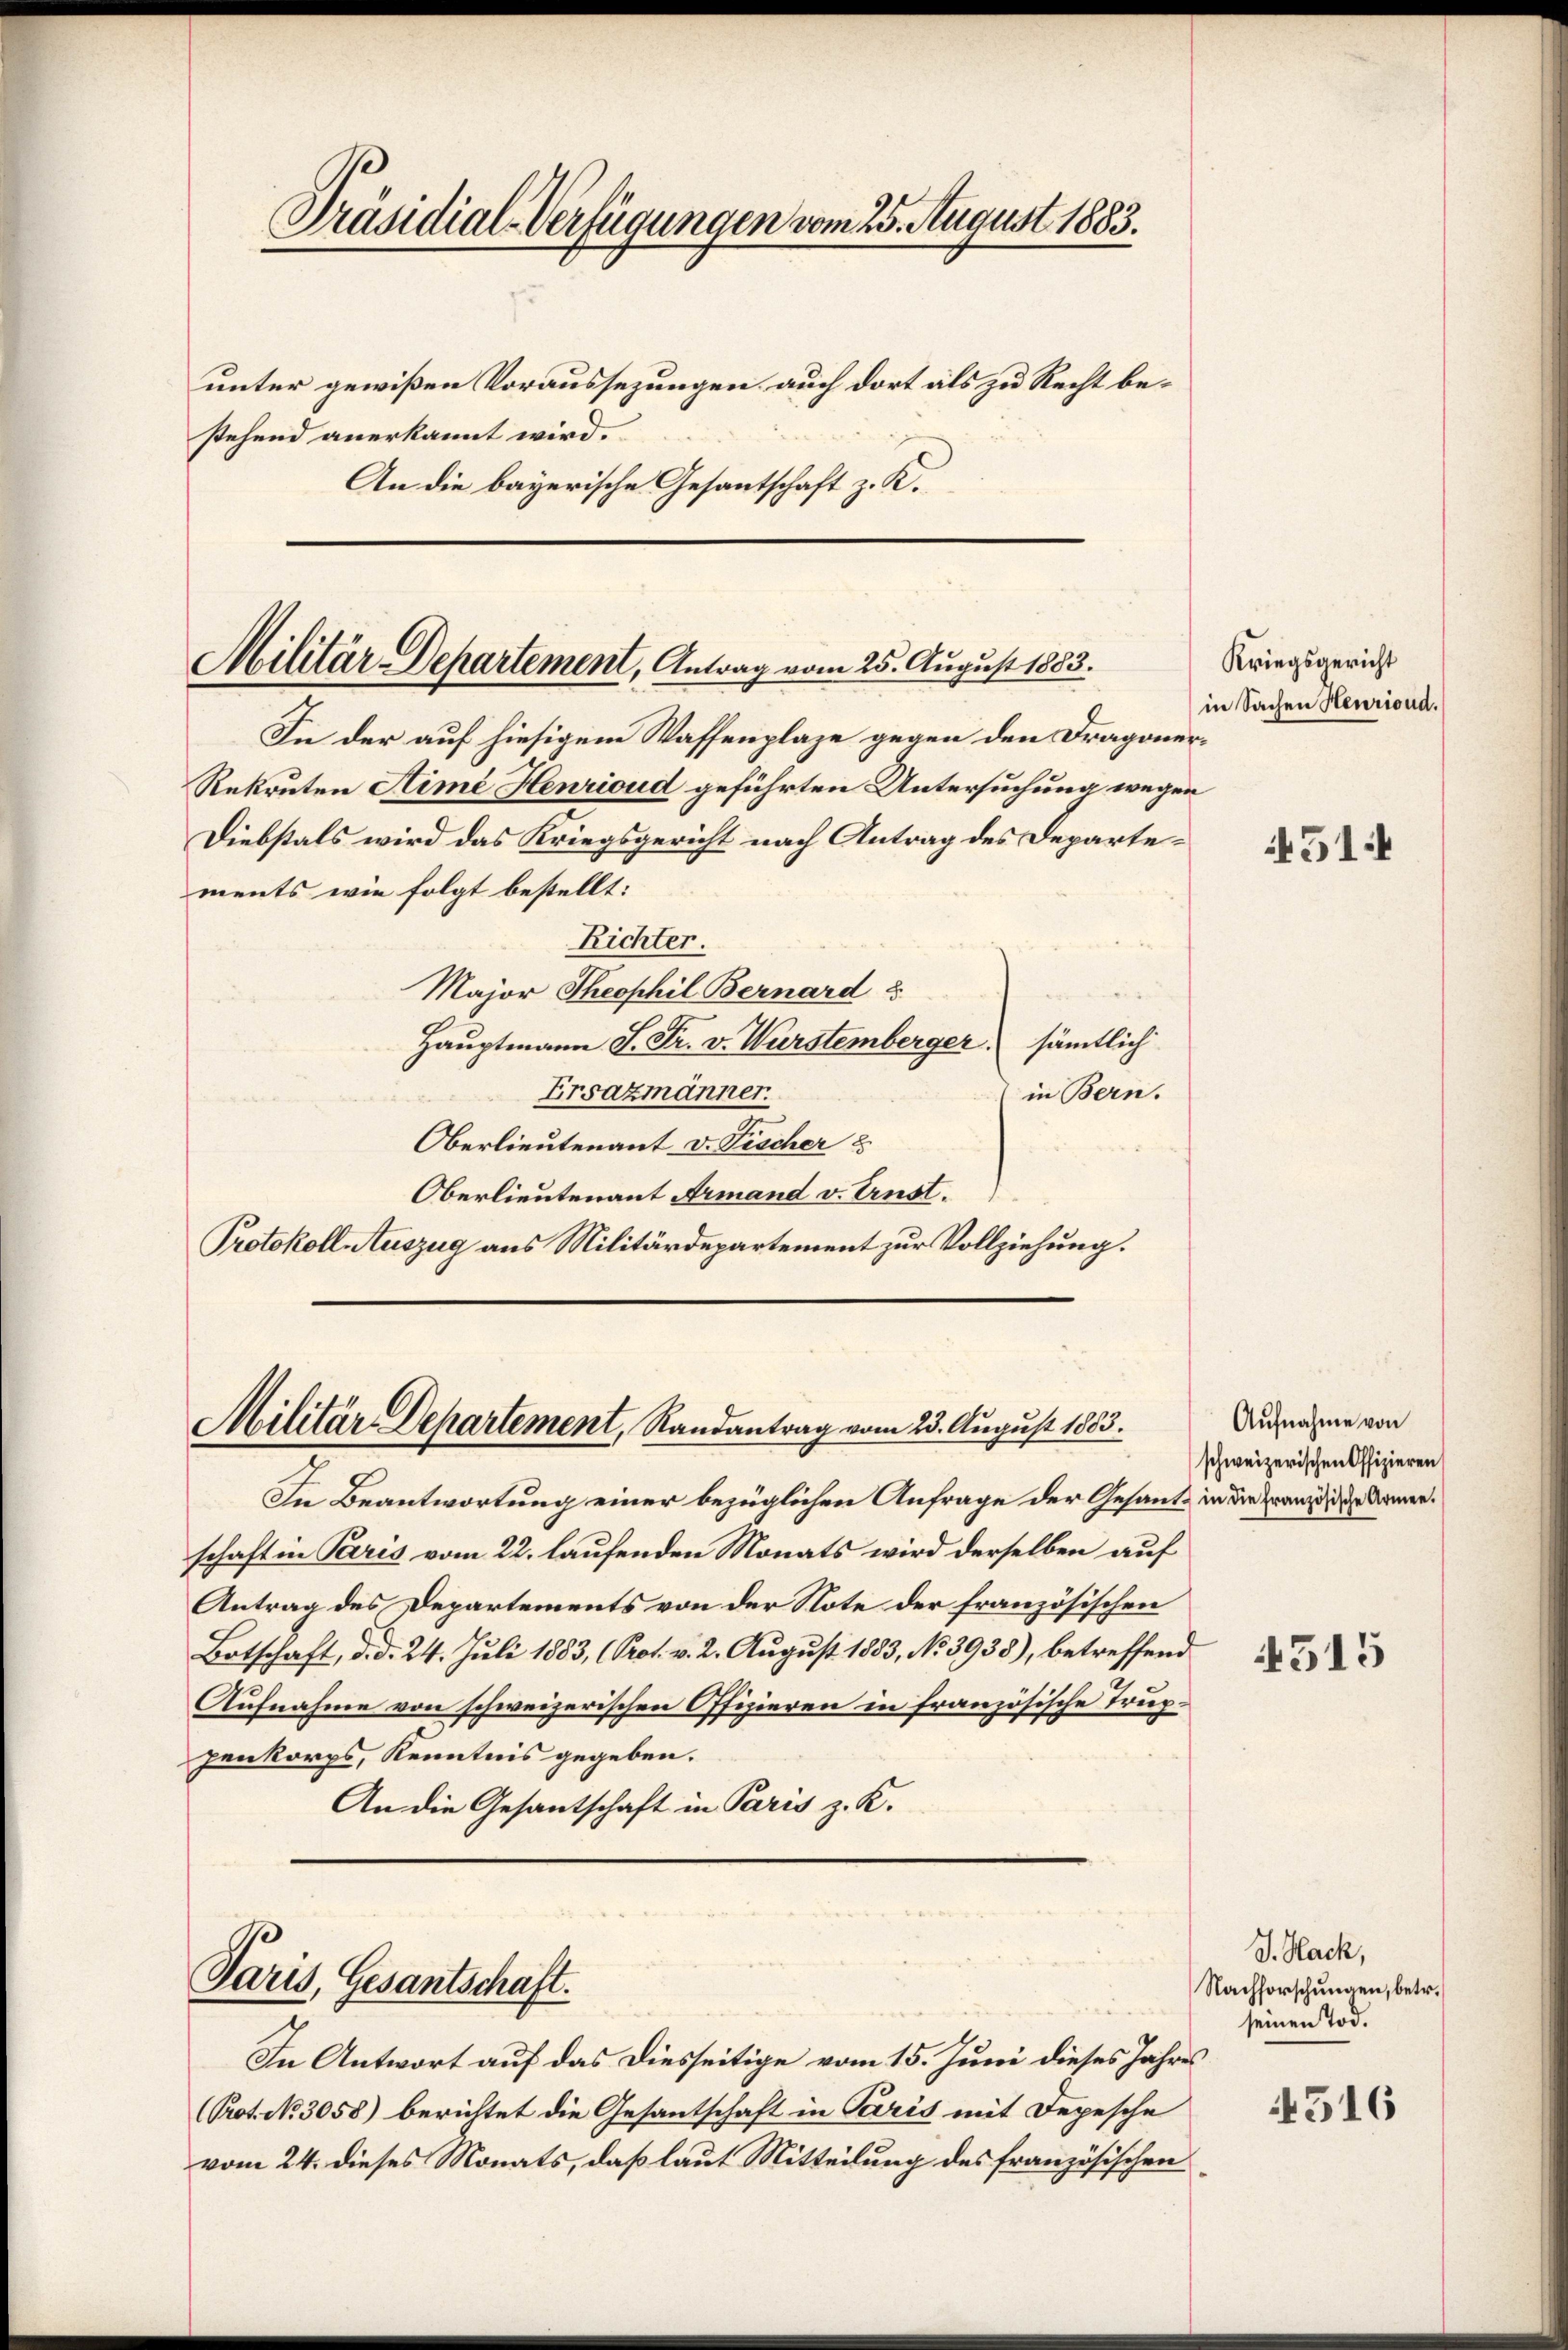
unter gewißen Voraussezungen auch dort als zu Recht bestehend anerkannt wird.
An die bayerische Gesantschaft z. K.

Militär-Departement, Antrag vom 25. August 1883.

In der auf hiesigem Waffenplaze gegen den Dragoner¬
Rekruten Stimé Henrioud geführten Untersuchung wegen
Diebstals wird das Kriegsgericht nach Antrag des Departements wie folgt bestellt:
Richter.
Major Theophil Bernard u
Hauptmann S. Fr. v. Wurstemberger, sämtlich
Ersazmänner.
in Bern.
Oberlieutenant v. Fischer u
Oberlieutenant Armand v. Ernst.
Protokoll Auszug aus Militärdepartement zur Vollziehung.

Präsidial-Verfügungen vom 25. August 1883.

Militär-Departement, Randantrag vom 23. August 1863.

Paris, Gesantschaft.

In Beantwortung einer bezüglichen Anfrage der Gesante in die Zwanzig die Armenschaft in Paris vom 22. laufenden Monats wird derselben auf
Antrag des Departements von der Note der französischen
Botschaft, d. d. 24. Juli 1883, (Prot. v. 2. August 1833, No 3933), betreffend
Aufnahme von schweizerischen Offizieren in französische Truppenkorps, Kenntnis gegeben.
An die Gesantschaft in Paris z. K.

In Antwort auf das Diesseitige vom 15. Juni dieses Jahres
(Pot. No. 3058) berichtet die Gesantschaft in Paris mit Depesche
vom 24. dieses Monats, daß laut Mitteilung des französischen

Kriegsgericht
in Sachen Heurioud.

Aufnahme von
schweizerischen Offizieren

51:4

4515

J. Hack,
Nachforschungen, betr.
seinen Tod.

4516